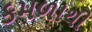
કમળાથી